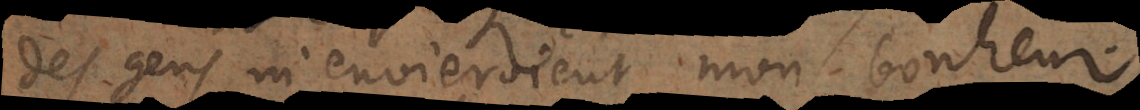
des gens m’envieroient mon bonheur.